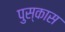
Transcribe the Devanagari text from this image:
पुस्कास